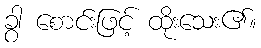
ခွာ စောင်းဖြင့် ထိုးသေး၏။